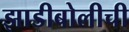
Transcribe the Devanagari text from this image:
झाडीबोलीची